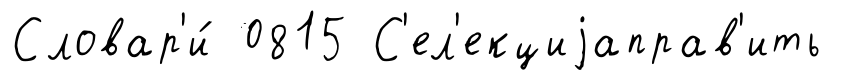
Словар'и́ 0815 С'ел'екциjаправ'ить